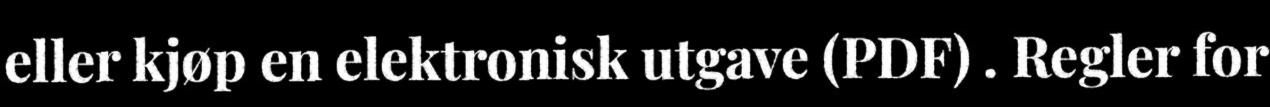
eller kjøp en elektronisk utgave (PDF) . Regler for